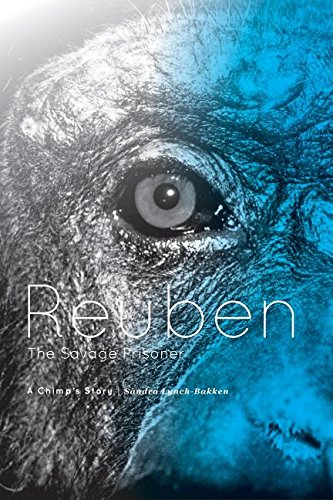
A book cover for Reuben - The Savage Prisoner: A Chimp's Story; Sandra Lynch-Bakken; Science & Math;